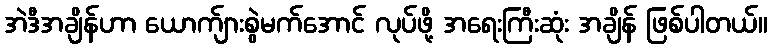
အဲဒီအချိန်ဟာ ယောက်ျားစွဲမက်အောင် လုပ်ဖို့ အရေးကြီးဆုံး အချိန် ဖြစ်ပါတယ်။